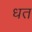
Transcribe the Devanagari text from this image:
धत